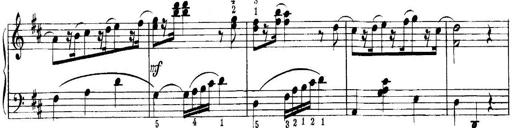
Title: Quatres sonatines
Composer: Tadeusz Joteyko